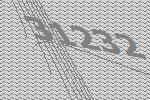
31232